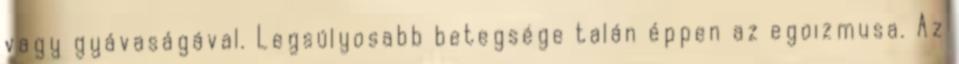
vagy gyávaságával. Legsúlyosabb betegsége talán éppen az egoizmusa. Az